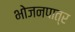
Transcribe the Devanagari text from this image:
भोजनपात्र